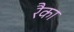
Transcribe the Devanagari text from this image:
रैका